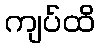
ကျပ်ထိ